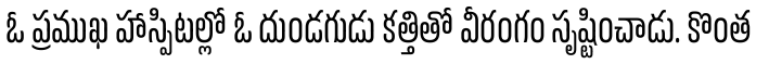
ఓ ప్రముఖ హాస్పిటల్లో ఓ దుండగుడు కత్తితో వీరంగం సృష్టించాడు. కొంత